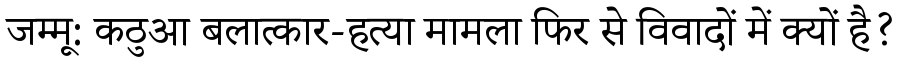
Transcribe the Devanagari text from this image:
जम्मू: कठुआ बलात्कार-हत्या मामला फिर से विवादों में क्यों है?